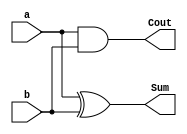
// Designing in Half Adder 
// Sum = a XOR b, Cout = a AND b


module HA(a, b, Sum, Cout);

input a, b; // a and b are inputs with size 1-bit
output Sum, Cout; // Sum and Cout are outputs with size 1-bit

assign Sum = a^b; 
assign Cout = a & b; 

endmodule